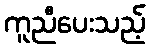
ကူညီပေးသည့်